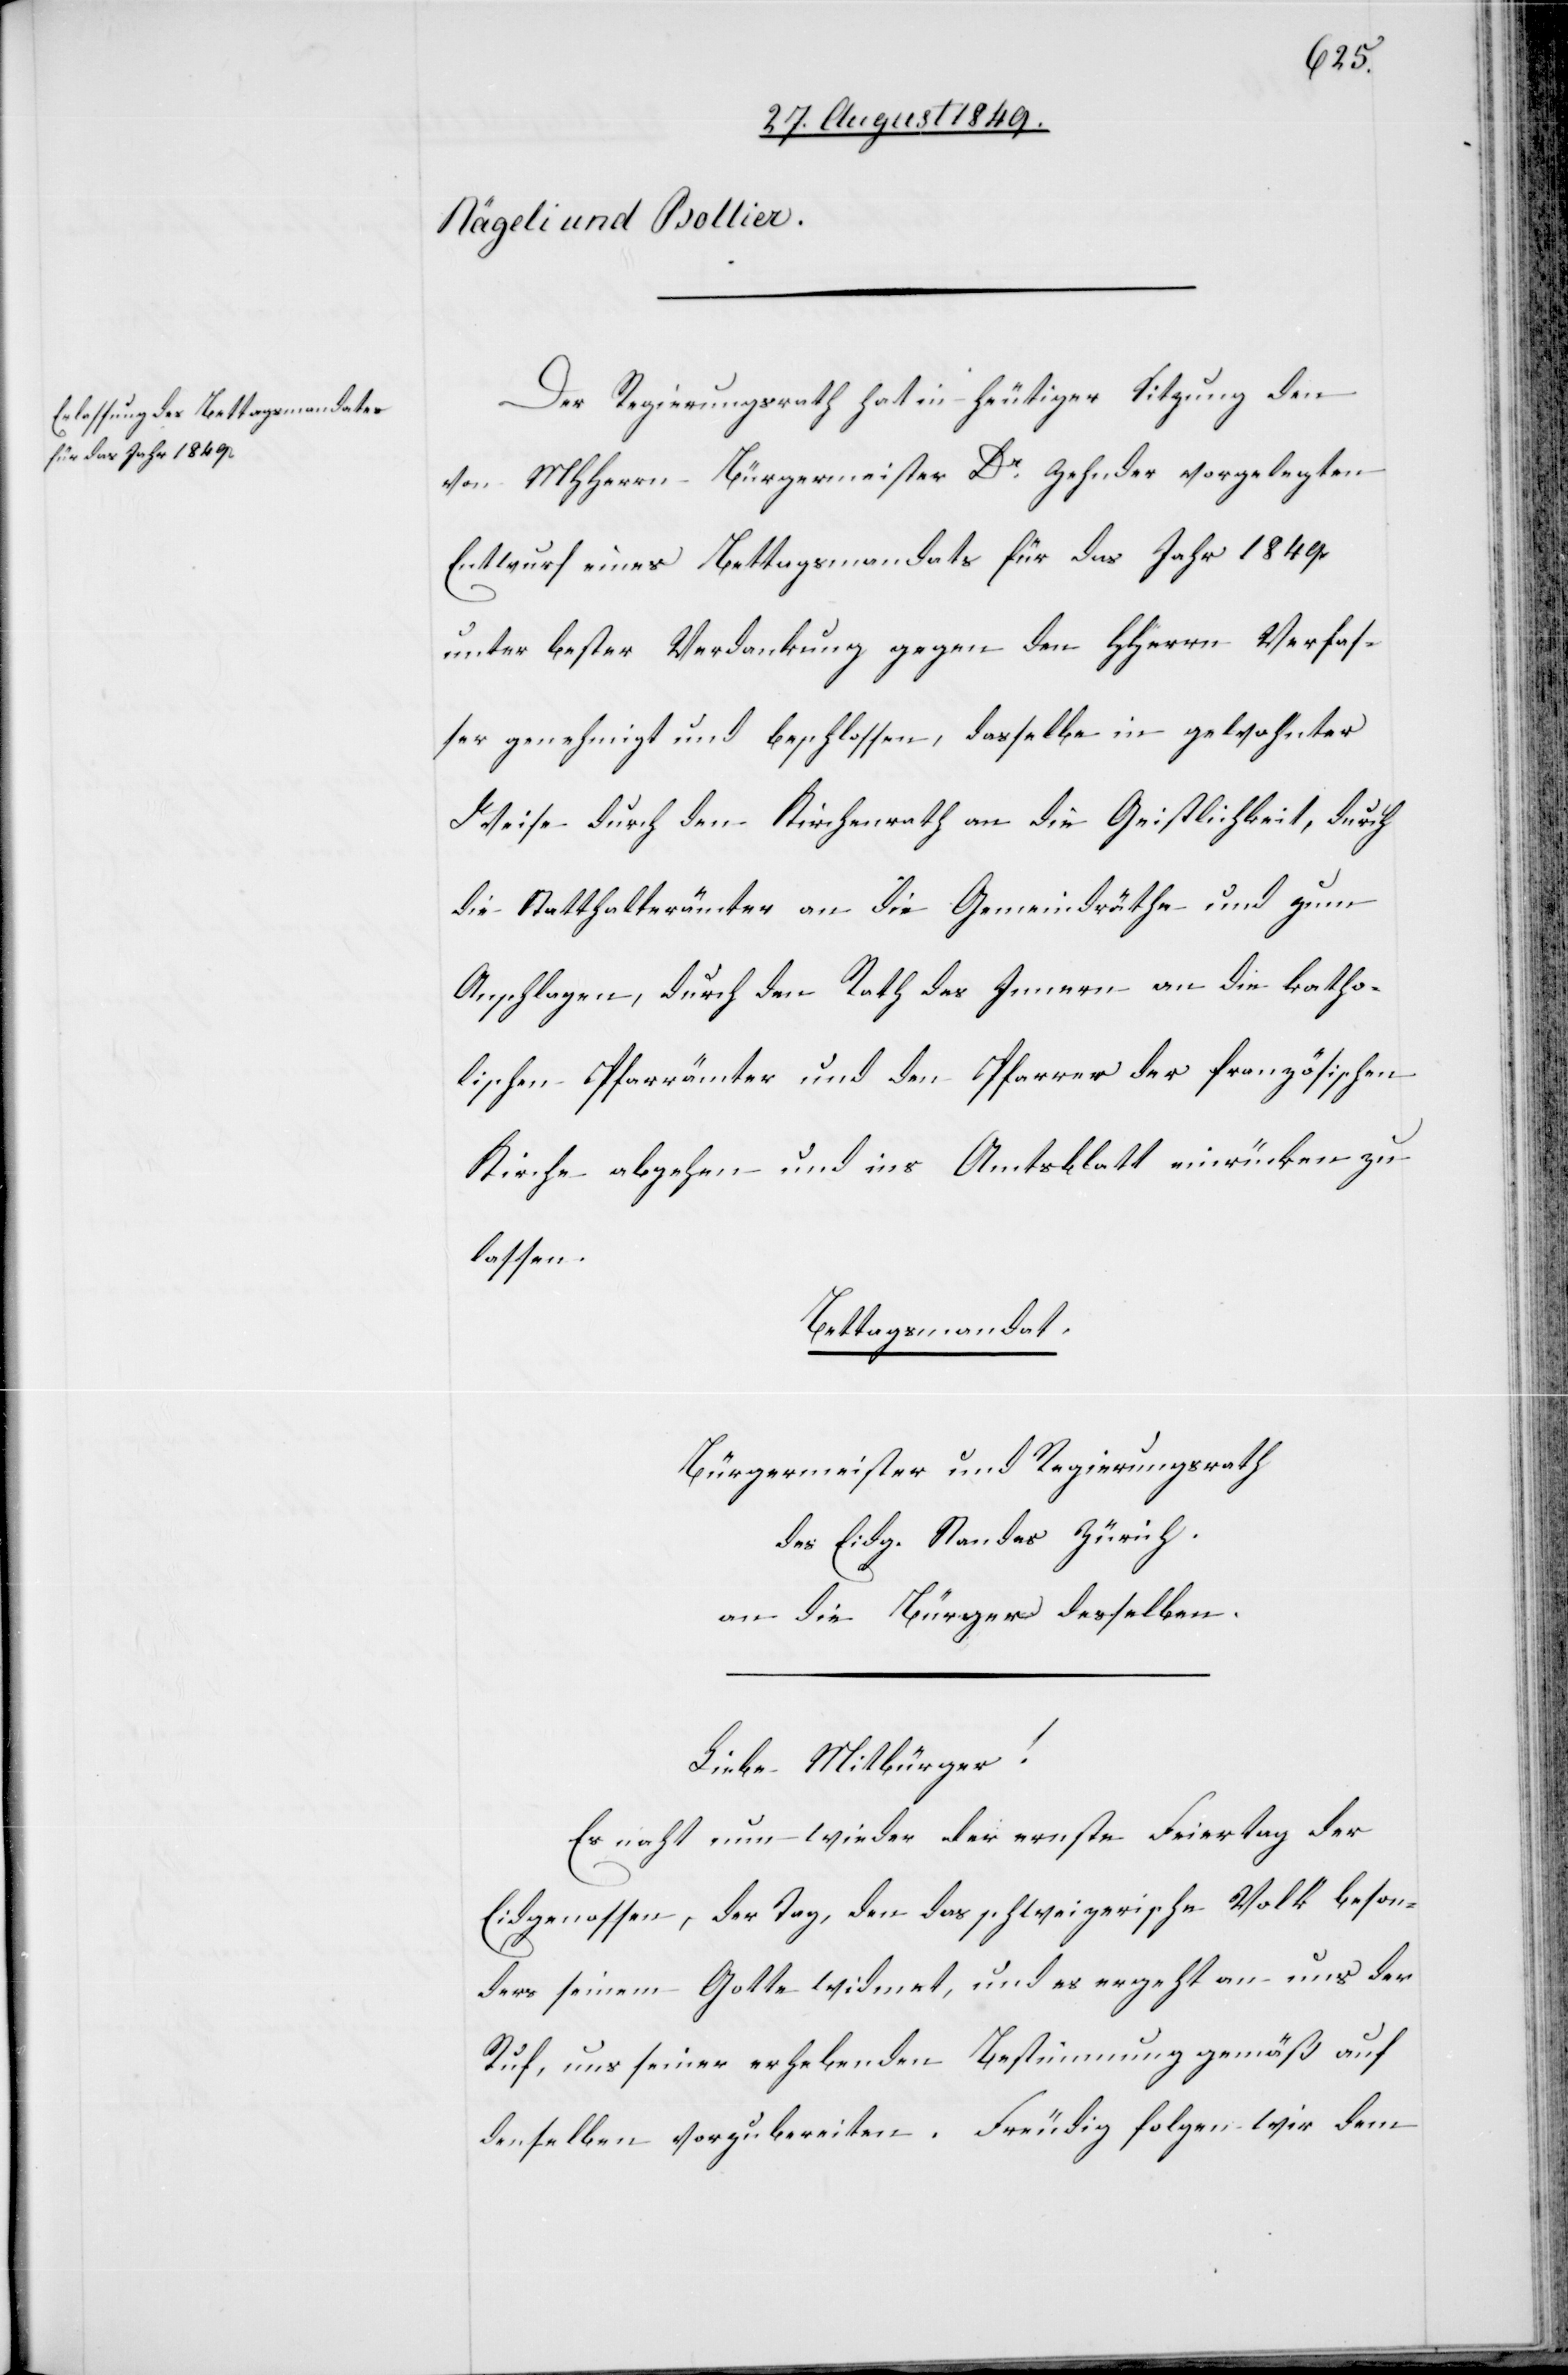
Der Regierungsrath hat in heutiger Sitzung den
von MHHerrn Bürgermeister Dr Zehnder vorgelegten
Entwurf eines Bettagsmandats für das Jahr 1849.
unter bester Verdankung gegen den HHerrn Verfas¬
ser genehmigt und beschlossen, dasselbe in gewohnter
Weise durch den Kirchenrath an die Geistlichkeit, durch
die Statthalterämter an die Gemeindräthe und zum
Anschlagen, durch den Rath des Innern an die katho¬
lischen Pfarrämter und den Pfarrer der französischen
Kirche abgehen und ins Amtsblatt einrücken zu
lassen.
Bettagsmandat.
Bürgermeister und Regierungsrath
des Eidg. Standes Zürich.
an die Bürger desselben.
Liebe Mitbürger!
Es naht nun wieder der ernste Feiertag der
Eidgenossen, der Tag, den das schweizerische Volk beson¬
ders seinem Gotte widmet, und es ergeht an uns der
Ruf, uns seiner erhebenden Bestimmung gemäß auf
denselben vorzubereiten. Freudig folgen wir dem